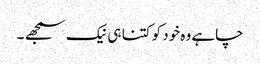
چاہے وہ خود کو کتنا ہی نیک سمجھے ۔